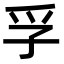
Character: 孚